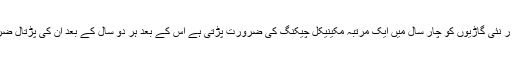
جبکہ چھوٹی او ر نئی گاڑیوں کو چار سال میں ایک مرتبہ مکینیکل چیکنگ کی ضرورت پڑتی ہے اس کے بعد ہر دو سال کے بعد ان کی پڑتال ضروری ہوتی ہے۔